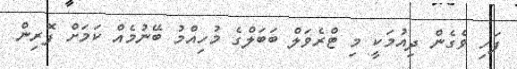
ފަހި ވެގެން ދިއުމަކީ މި ޓްރެވަލް ބަބަލްގެ މުހިއްމު ބޭނުމެއް ކަމަށް ފޮރިން